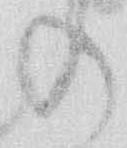
の